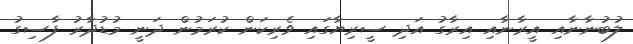
ލުބުނާނާއި އީރާނާއި އިރާގު އަދި ސީރިޔާގައި ވެރިކަން ކުރަމުން ދަނީ މުޑުދާރު ފާސިގު